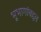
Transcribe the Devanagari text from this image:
भूभागांबद्दल